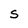
Character: S